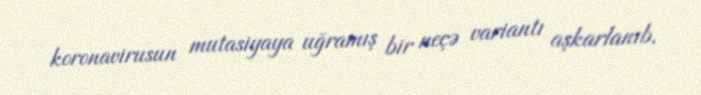
koronavirusun mutasiyaya uğramış bir neçə variantı aşkarlanıb.